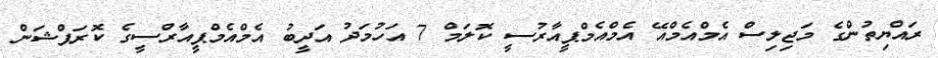
ރައްޔިތުންގެ މަޖިލިސް އެމްއެމްއޭ އެމްއެމްޕީއާރުސީ ކޮލަމް 7 އަހުމަދު އަދީބު އެމްއެމްޕީއާރްސީގެ ކޮރަޕްޝަން